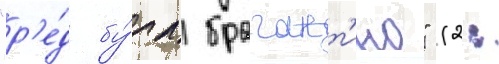
"р'е́д бу́лл брагант'ино" (2: